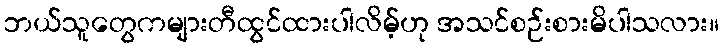
ဘယ်သူတွေကများတီထွင်ထားပါလိမ့်ဟု အသင်စဉ်းစားမိပါသလား။